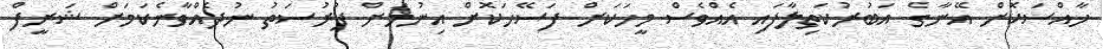
ޚާއްސަކޮށް އޭނާގެ އަބުރުކަތިލާފައި އެއްވެސް މީހަކަށް ފަސޭހަކޮށް އިނުމަށް ފުރުސަތު ނުދެއްވާނެކަމަށް ޝަރީފް